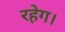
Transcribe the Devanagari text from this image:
रहेग।